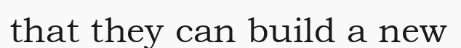
that they can build a new